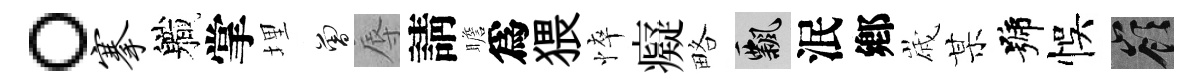
。搴軄掌埋曾辱請瞻爲猥悴癡略飄泯鄕𡻕某號悞嶺